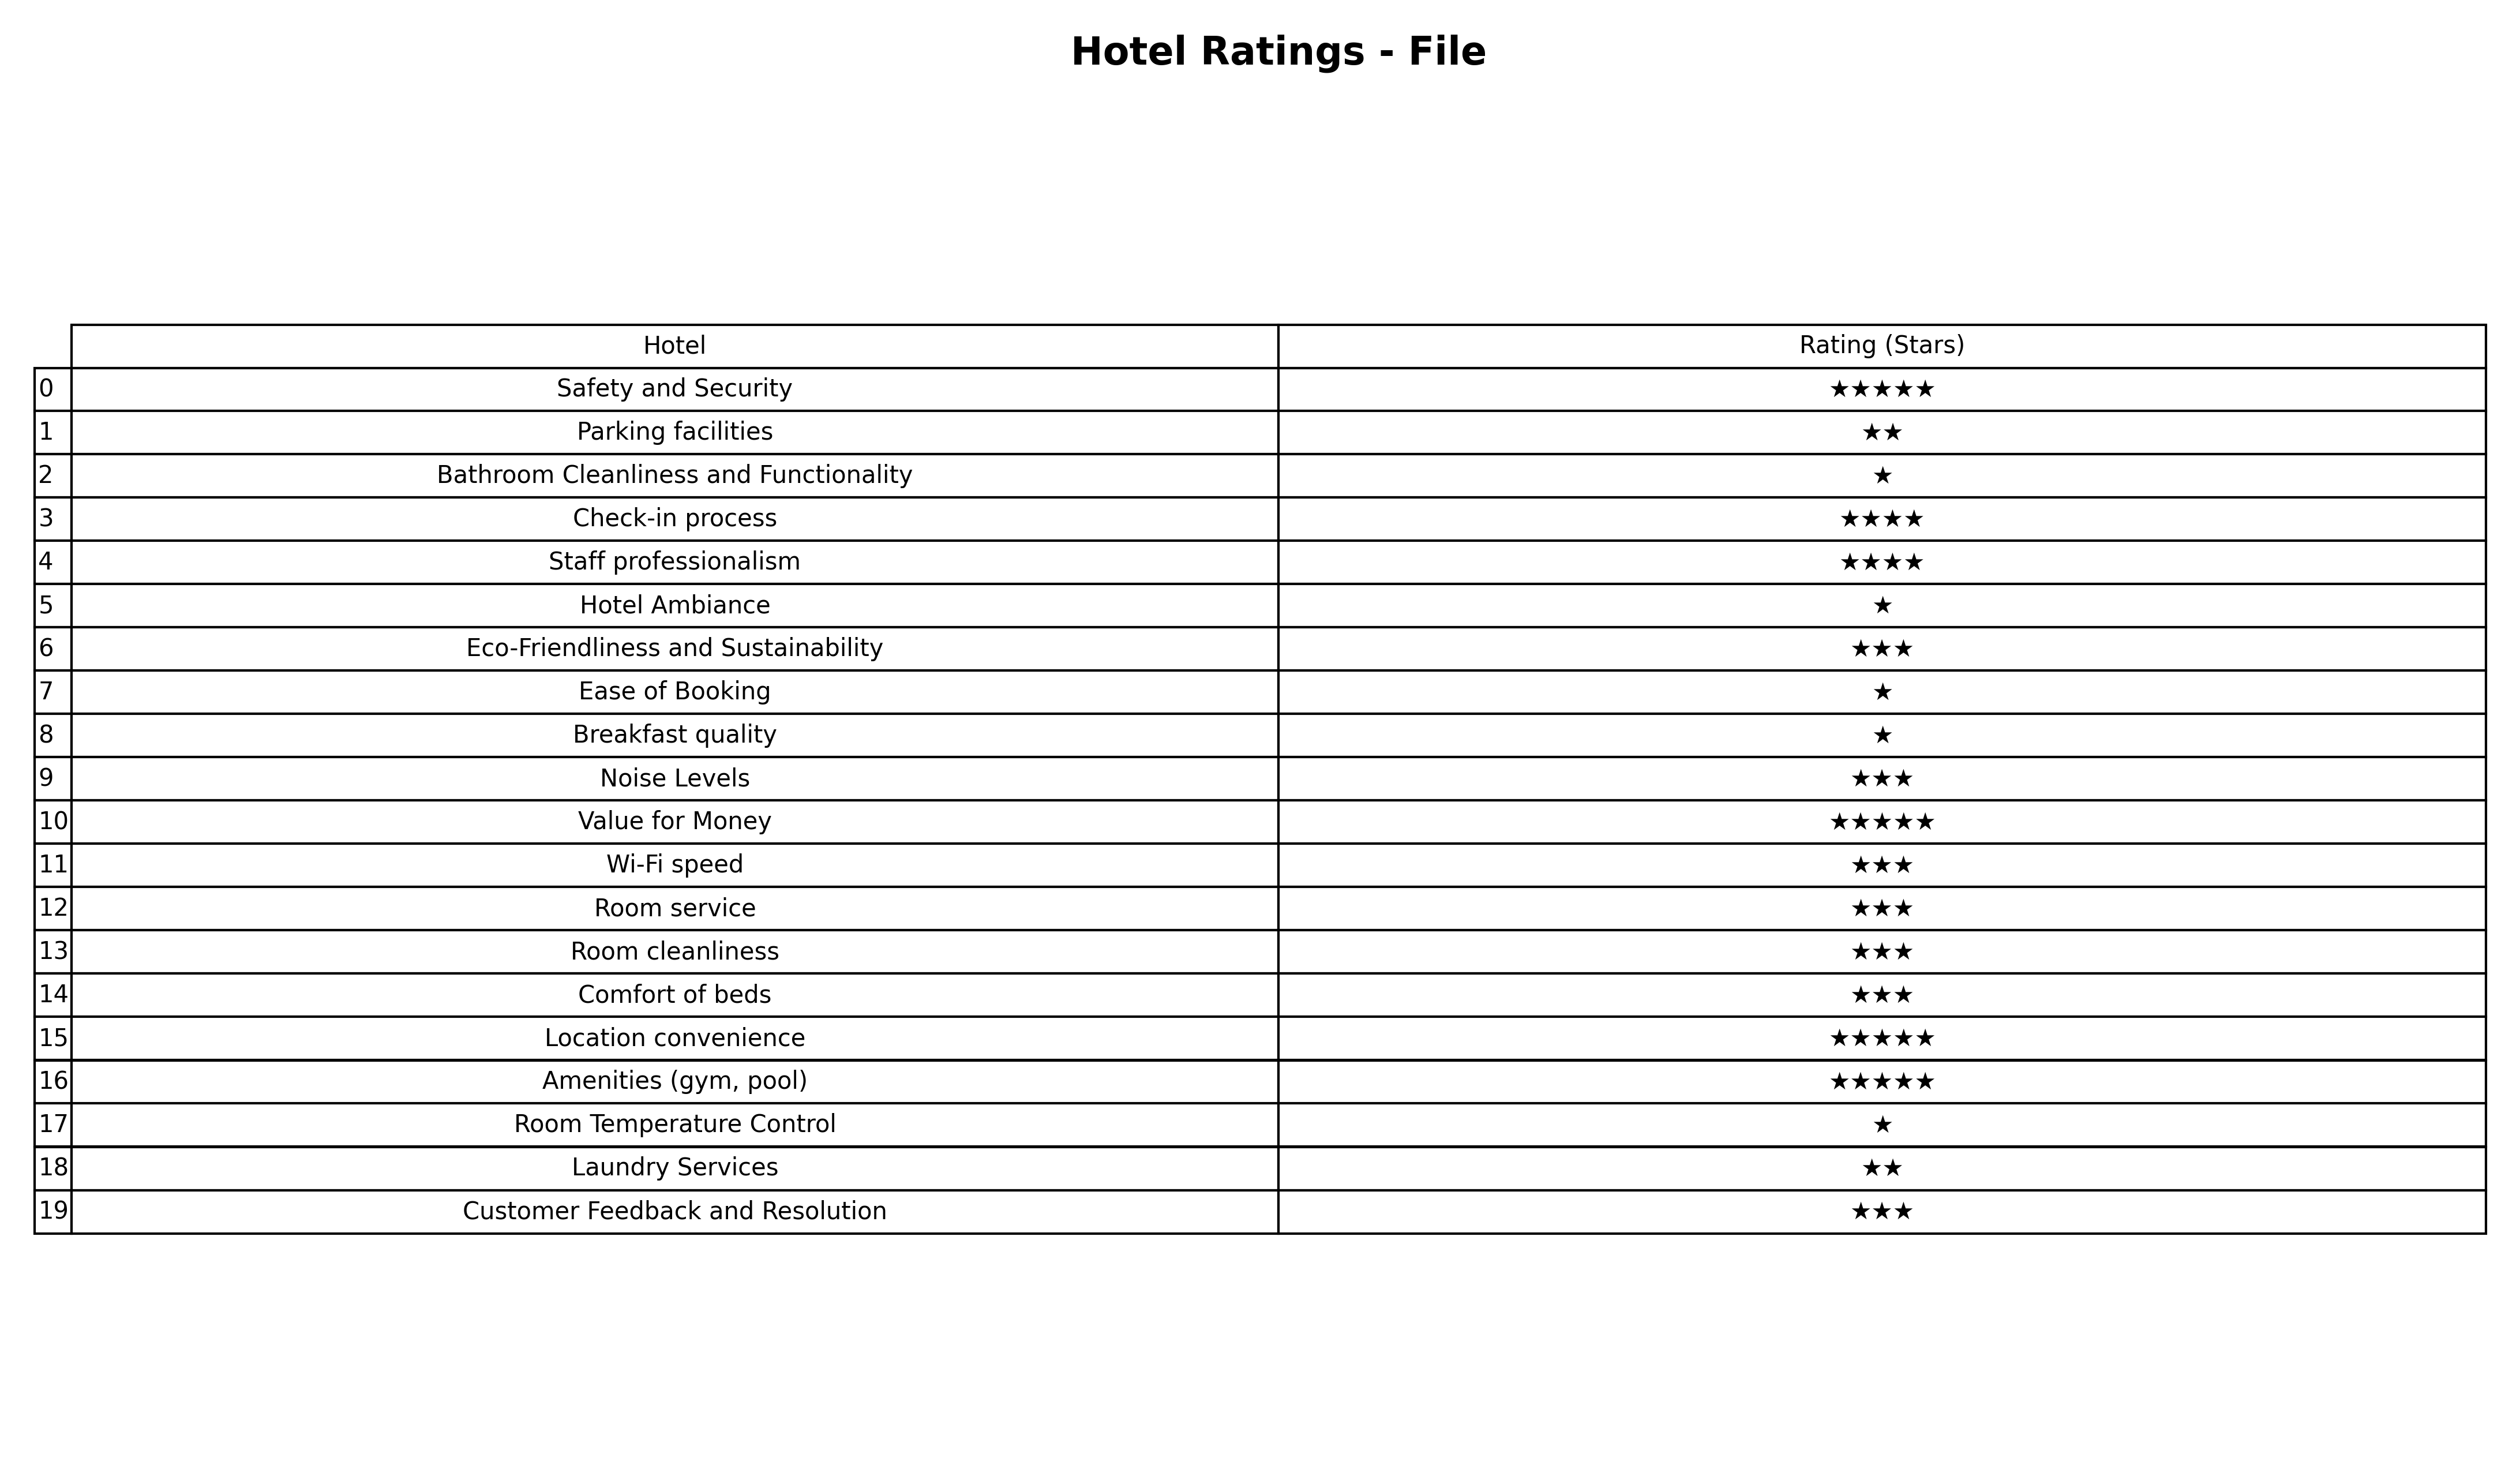
question: What is the rating of Comfort of beds?
answer: ★★★